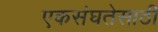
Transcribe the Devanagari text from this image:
एकसंघतेसाठी